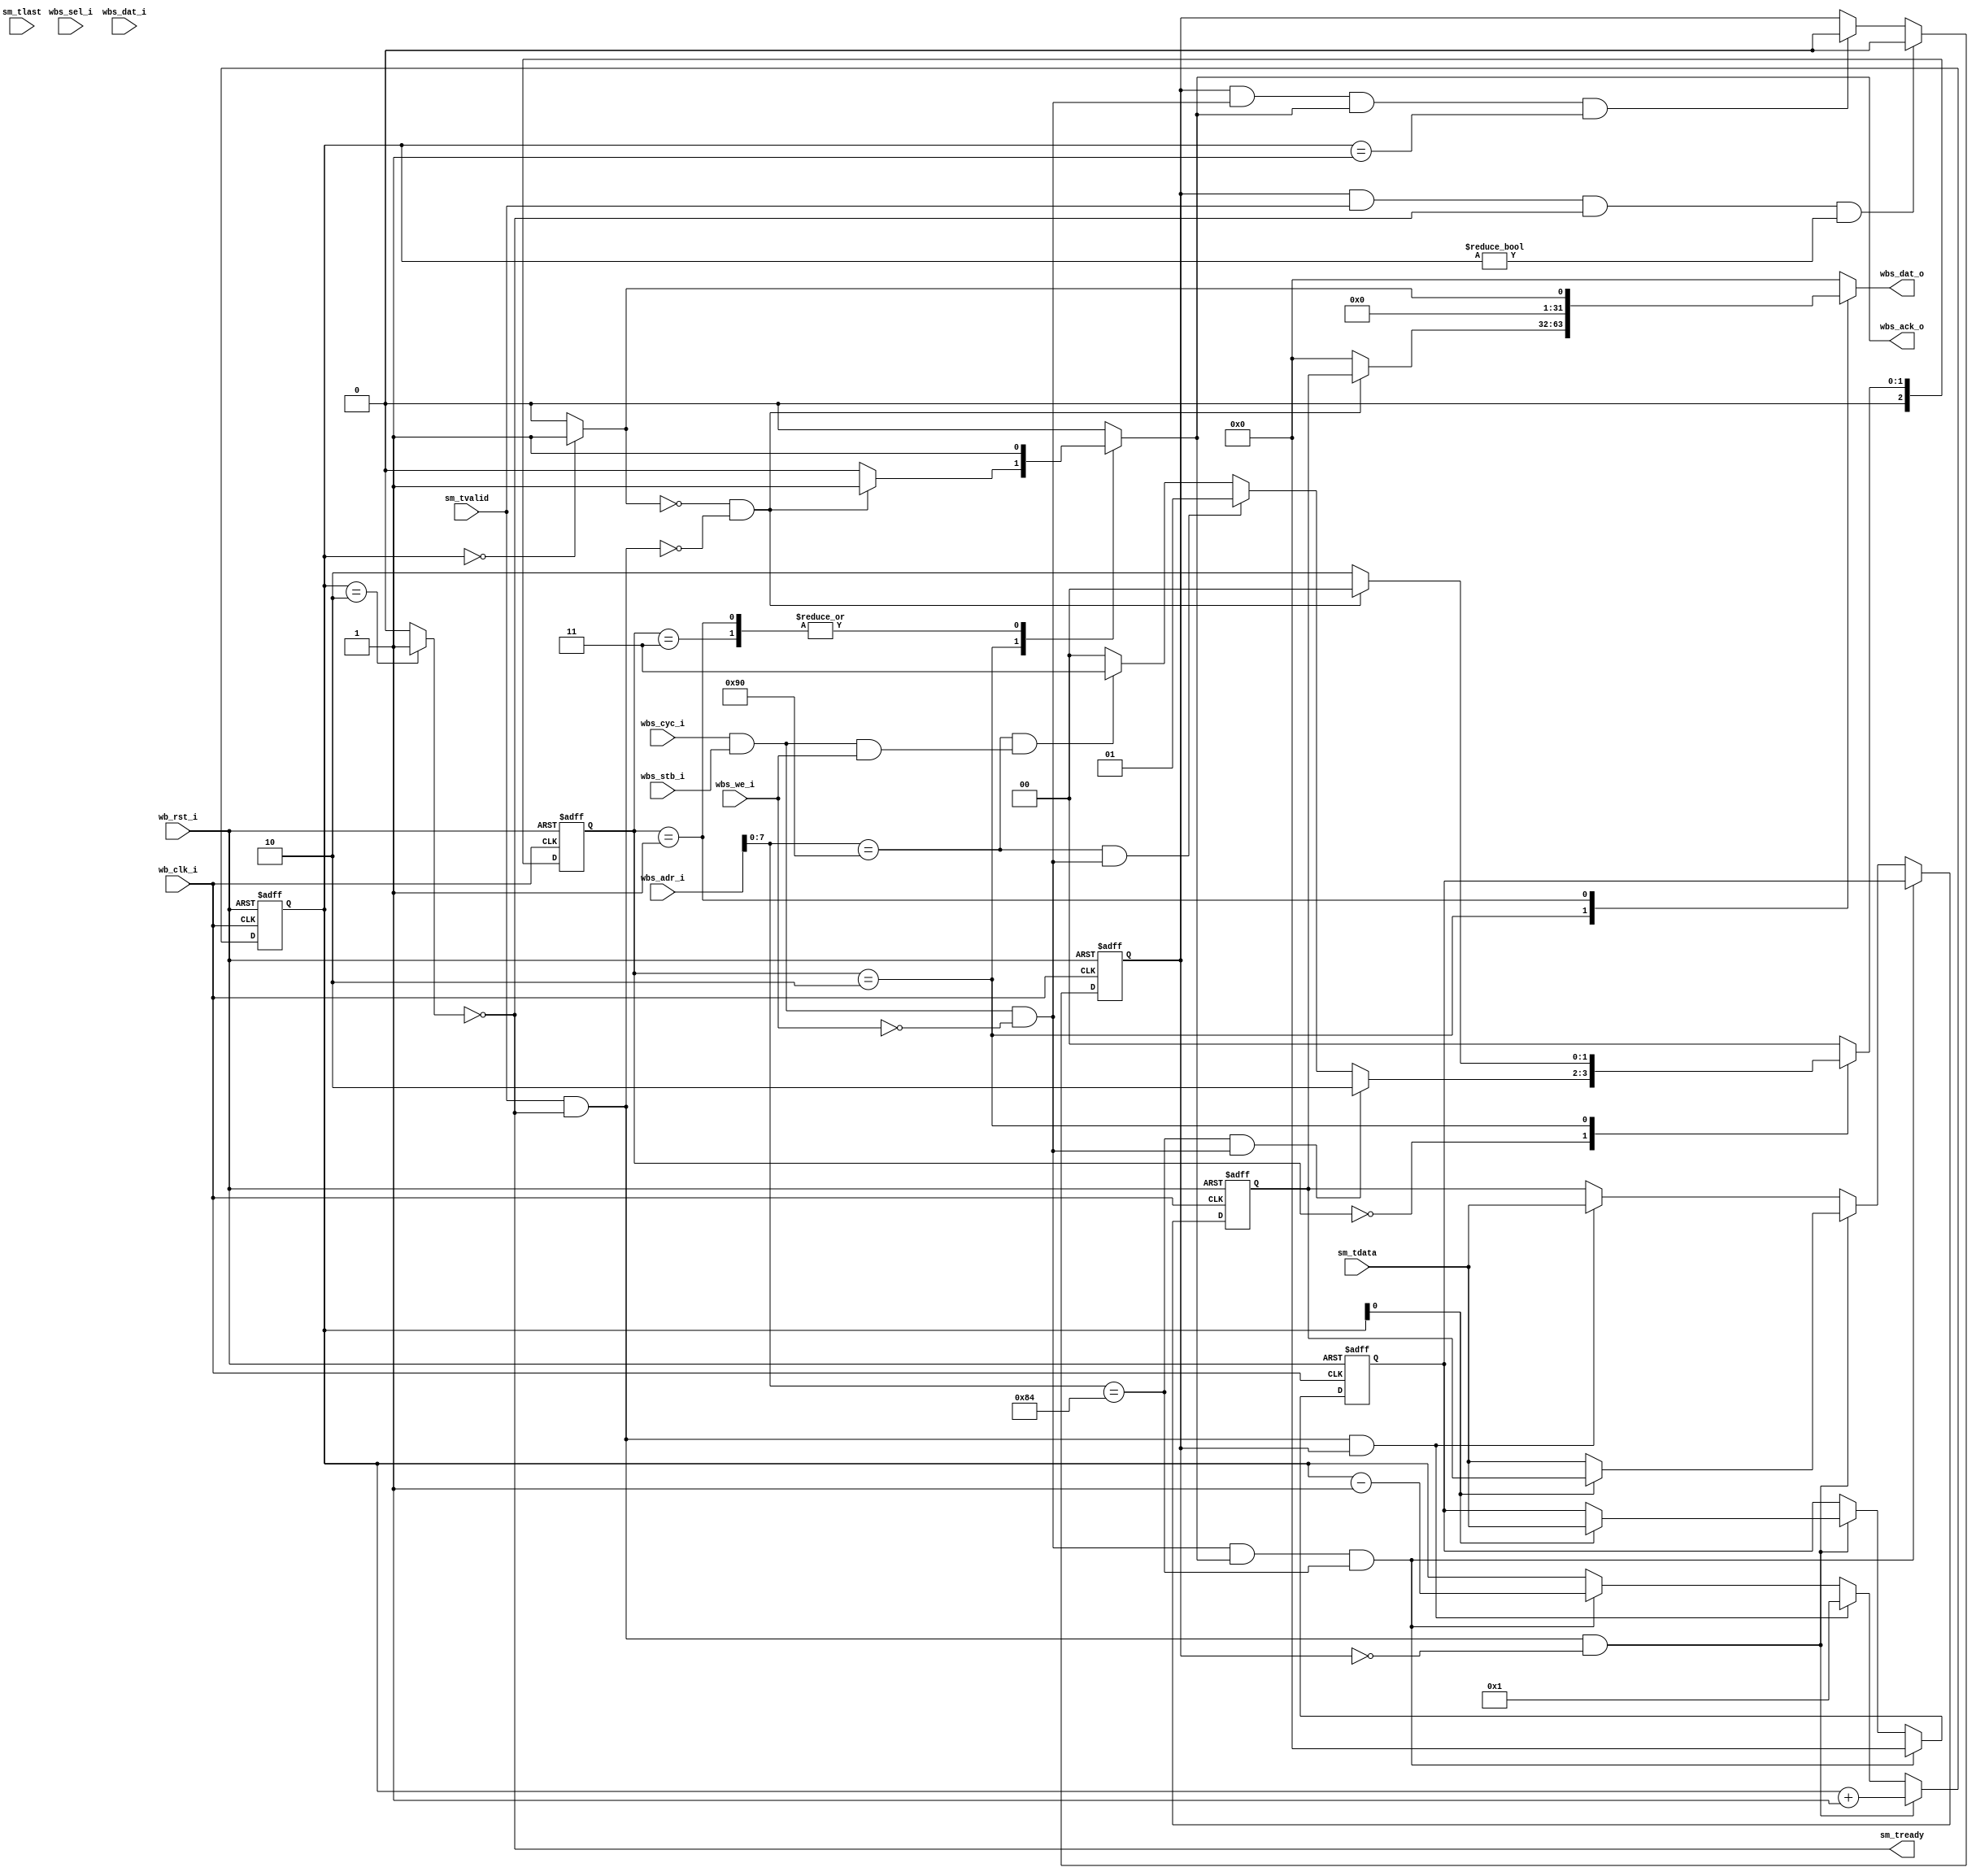
module WB_AXISOUT
#(  parameter pADDR_WIDTH = 12,
    parameter pDATA_WIDTH = 32,
    parameter Tape_Num    = 11
)
(
    // Wishbone Slave ports (WB MI A)
    input wb_clk_i,
    input wb_rst_i,
    input wbs_stb_i,
    input wbs_cyc_i,
    input wbs_we_i,
    input [3:0] wbs_sel_i,
    input [31:0] wbs_dat_i,
    input [31:0] wbs_adr_i,
    output wbs_ack_o,
    output [31:0] wbs_dat_o,
    // axis interfacce
    input   wire                     sm_tvalid, 
    input   wire [(pDATA_WIDTH-1):0] sm_tdata, 
    input   wire                     sm_tlast, 
    output  wire                     sm_tready
);
//fsm
localparam STRMOUT_IDLE = 3'd0;
localparam STRMOUT_CKEMPTY = 3'd1;
localparam STRMOUT_RECV = 3'd2;
localparam STRMOUT_WRITE = 3'd3;
reg [2:0]state, next_state;

localparam OutputFiFoDepth = 5'd2;
// axis_receiver
wire axis_valid;
wire [32-1:0]axis_data;
wire ready = wbs_cyc_i & wbs_stb_i & ~ wbs_we_i;
wire valid = wbs_cyc_i & wbs_stb_i &   wbs_we_i;
// queue
reg [5-1:0]queue_cnt, queue_cnt_next;
wire is_full = (queue_cnt == OutputFiFoDepth)?1'b1:1'b0;
wire is_empty = (queue_cnt == 0)? 1'b1:1'b0;
reg fir_finish,fir_finish_next;
reg [32-1:0] queue [0:OutputFiFoDepth-1];
// wb_sender
reg ack_o_reg;
reg[31:0] data_o_reg; //wbs_dat_o

//***********//
//fsm        //
//***********//
always@*
    case(state)
        STRMOUT_IDLE:
            if(wbs_adr_i[7:0] == 8'h84 && ready)
                next_state = STRMOUT_RECV;
            else if(wbs_adr_i[7:0] == 8'h90 && ready)
                next_state = STRMOUT_CKEMPTY;
            else if(wbs_adr_i[7:0] == 8'h90 && valid)
                next_state = STRMOUT_WRITE;
            else
                next_state = STRMOUT_IDLE;
        STRMOUT_WRITE:
            next_state = STRMOUT_IDLE;
        STRMOUT_RECV:
            //
            if(~is_empty & ~(~is_full & sm_tvalid))
                next_state = STRMOUT_IDLE;
            else
                next_state = STRMOUT_RECV;
        STRMOUT_CKEMPTY:
            next_state = STRMOUT_IDLE;
            //
        default:
            next_state = STRMOUT_IDLE;
    endcase
always@(posedge wb_clk_i or posedge wb_rst_i)
    if(wb_rst_i)
        state <= STRMOUT_IDLE;
    else
        state <= next_state;

//*************//
//axis-receiver//
//*************//
assign sm_tready = ~is_full;
assign axis_valid = sm_tvalid;
assign axis_data = sm_tdata;
always@(posedge wb_clk_i or posedge wb_rst_i)
    if(wb_rst_i)
        fir_finish <= 1'b0;
    else
        fir_finish <= fir_finish_next;
always@*
    if((fir_finish & sm_tvalid & sm_tready) && queue_cnt!=5'd0  )// ()
        fir_finish_next = 1'b0;
    else if((fir_finish & ready & wbs_ack_o) && queue_cnt == 5'd1)//
        fir_finish_next = 1'b0;
    else
        fir_finish_next = fir_finish;
//***********//
//queue      //
//***********//
always@(posedge wb_clk_i or posedge wb_rst_i)
    if(wb_rst_i)
        queue_cnt <= 5'd0;
    else
        queue_cnt <= queue_cnt_next;
always@*
    if(sm_tvalid & sm_tready & ~fir_finish )
        queue_cnt_next = queue_cnt + 5'd1;
    else if(sm_tvalid & sm_tready & fir_finish )
        queue_cnt_next = 5'd1;
    else if(ready & wbs_ack_o &  wbs_adr_i[7:0] == 8'h84)
        queue_cnt_next = queue_cnt - 5'd1;
    else
        queue_cnt_next = queue_cnt;

integer IHateSOC;
integer shift_index;
always@(posedge wb_clk_i or posedge wb_rst_i)
    if(wb_rst_i) begin
        for(IHateSOC = 0; IHateSOC < OutputFiFoDepth; IHateSOC = IHateSOC + 1)
            queue[IHateSOC] <= 32'd0;
    end
    else begin
        for(IHateSOC = 0; IHateSOC < OutputFiFoDepth; IHateSOC = IHateSOC + 1)
            queue[IHateSOC] <= queue[IHateSOC];
        //
        if(ready & wbs_ack_o &wbs_adr_i[7:0] == 8'h84 )begin
            //  shift
            for(shift_index = 1; shift_index < OutputFiFoDepth; shift_index = shift_index + 1)
                queue[shift_index-1] <= queue[shift_index];
                
            queue[OutputFiFoDepth-1] <= 32'd0;
        end
        // fir
        else if ( sm_tvalid & sm_tready & ~fir_finish)
            queue[queue_cnt] <= axis_data;
        else if(sm_tvalid & sm_tready & fir_finish )
            queue[0] <= axis_data;
    end

//***********//
//axis-sender//
//***********//
assign wbs_dat_o = data_o_reg;
assign wbs_ack_o = ack_o_reg;
always@*
    case(state)
        STRMOUT_IDLE:
            ack_o_reg = 1'b0;
        STRMOUT_WRITE:
            ack_o_reg = 1'd1;
        STRMOUT_RECV:
            //
            if(~is_empty & ~(~is_full & sm_tvalid))
                ack_o_reg = 1'b1;
            else
                ack_o_reg = 1'b0;
        STRMOUT_CKEMPTY:
            ack_o_reg = 1'b1;
            //
        default:
            ack_o_reg = 1'b0;
    endcase
always@*
    case(state)
        STRMOUT_IDLE:
            data_o_reg = 32'd0;
        STRMOUT_RECV:
            //
            if(~is_empty & ~(~is_full & sm_tvalid))
                data_o_reg = queue[0];
            else
                data_o_reg = 32'd0;
        STRMOUT_CKEMPTY:
            data_o_reg = {{31{1'b0}}, is_empty};
            //
        default:
            data_o_reg = 32'd0;
    endcase
endmodule